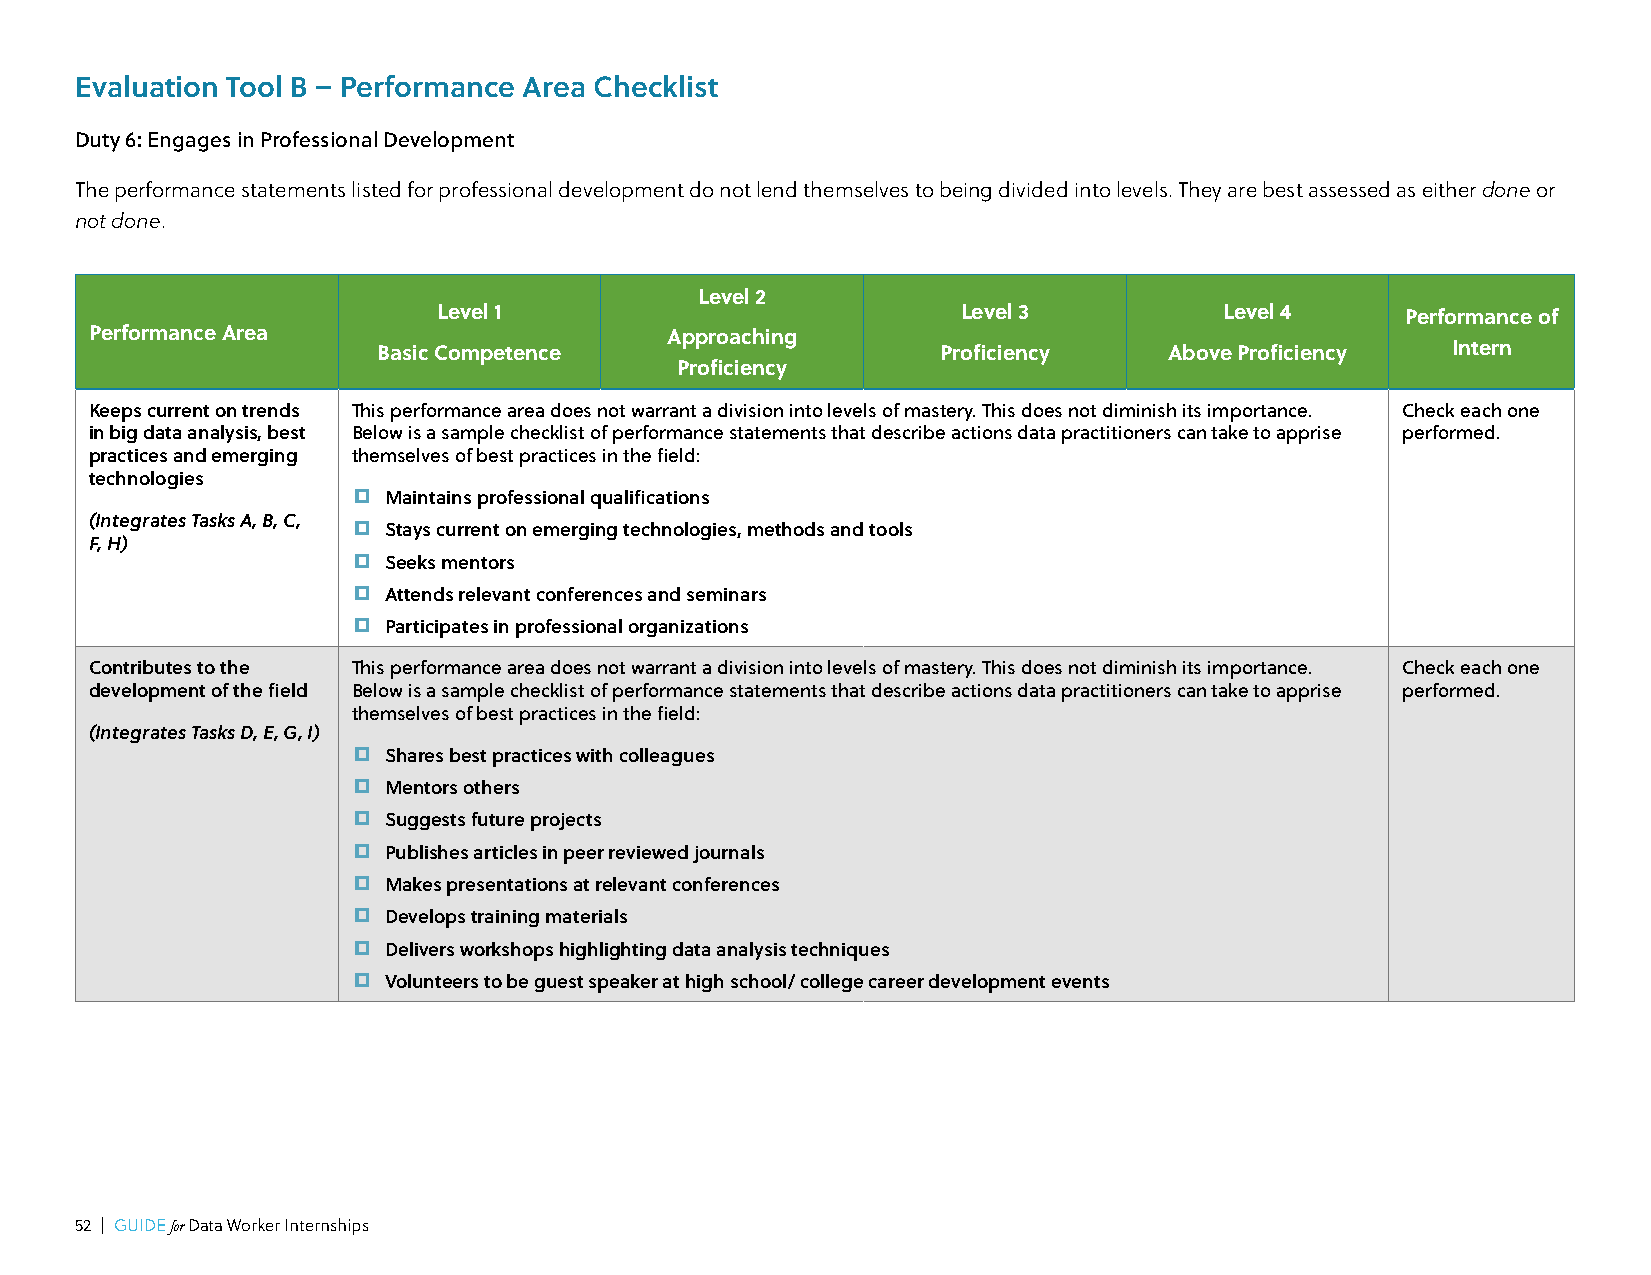
Evaluation Tool B – Performance Area Checklist
 Duty 6: Engages in Professional Development
 The performance statements listed for professional development do not lend themselves to being divided into levels. They are best assessed as either done or
 not done.
 Level 2
 Level 1                            Level 3          Level 4     Performance of
 Performance Area                      Approaching
 Basic Competence                     Proficiency    Above Proficiency  Intern
 Proficiency
 Keeps current on trends This performance area does not warrant a division into levels of mastery. This does not diminish its importance. Check each one
 in big data analysis, best Below is a sample checklist of performance statements that describe actions data practitioners can take to apprise performed.
 practices and emerging themselves of best practices in the field:
 technologies     ◻
 Maintains professional qualifications
 (Integrates Tasks A, B, C, ◻
 Stays current on emerging technologies, methods and tools
 F, H)            ◻
 Seeks mentors
 ◻
 Attends relevant conferences and seminars
 ◻
 Participates in professional organizations
 Contributes to the This performance area does not warrant a division into levels of mastery. This does not diminish its importance. Check each one
 development of the field Below is a sample checklist of performance statements that describe actions data practitioners can take to apprise performed.
 themselves of best practices in the field:
 (Integrates Tasks D, E, G, I)
 ◻
 Shares best practices with colleagues
 ◻
 Mentors others
 ◻
 Suggests future projects
 ◻
 Publishes articles in peer reviewed journals
 ◻
 Makes presentations at relevant conferences
 ◻
 Develops training materials
 ◻
 Delivers workshops highlighting data analysis techniques
 ◻
 Volunteers to be guest speaker at high school/ college career development events
 52 | GUIDE for Data Worker Internships